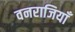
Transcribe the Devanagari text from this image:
वनराजियाँ